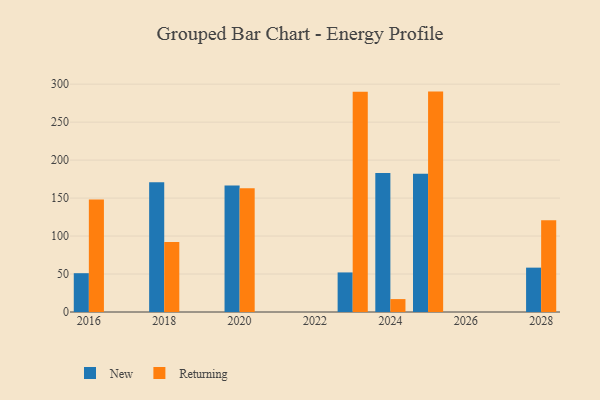
{"axis": {"x": "Year", "y": "Satisfaction Score"}, "legend": ["New", "Returning"], "data": [{"x": "2028", "y": 58.4, "type": "New"}, {"x": "2028", "y": 120.9, "type": "Returning"}, {"x": "2024", "y": 182.9, "type": "New"}, {"x": "2024", "y": 17.0, "type": "Returning"}, {"x": "2018", "y": 170.8, "type": "New"}, {"x": "2018", "y": 92.1, "type": "Returning"}, {"x": "2025", "y": 181.9, "type": "New"}, {"x": "2025", "y": 290.2, "type": "Returning"}, {"x": "2016", "y": 51.1, "type": "New"}, {"x": "2016", "y": 148.2, "type": "Returning"}, {"x": "2023", "y": 52.1, "type": "New"}, {"x": "2023", "y": 290.0, "type": "Returning"}, {"x": "2020", "y": 166.5, "type": "New"}, {"x": "2020", "y": 163.0, "type": "Returning"}]}